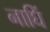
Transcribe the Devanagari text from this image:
नाघिं